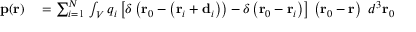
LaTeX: \begin{array} { r l } { \mathbf { p } ( \mathbf { r } ) } & { { } = \sum _ { i = 1 } ^ { N } \, \int _ { V } q _ { i } \left[ \delta \left( \mathbf { r } _ { 0 } - \left( \mathbf { r } _ { i } + \mathbf { d } _ { i } \right) \right) - \delta \left( \mathbf { r } _ { 0 } - \mathbf { r } _ { i } \right) \right] \, \left( \mathbf { r } _ { 0 } - \mathbf { r } \right) \ d ^ { 3 } \mathbf { r } _ { 0 } } \end{array}